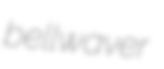
bellwaver